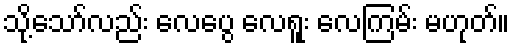
သို့သော်လည်း လေပွေ လေရူး လေကြမ်း မဟုတ်။